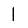
Digit: 1